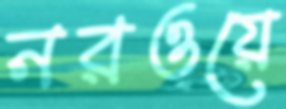
নরওয়ে